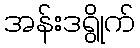
အန်းဒရွိုက်